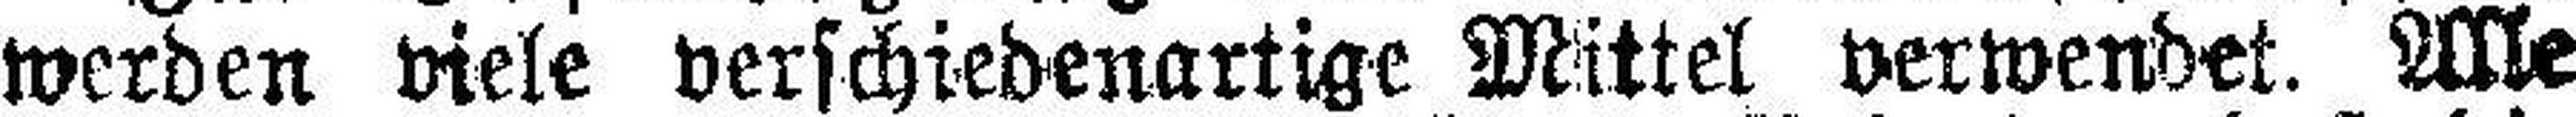
werden viele verschiedenartige Mittel verwendet. Alle